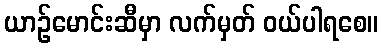
ယာဉ်မောင်းဆီမှာ လက်မှတ် ဝယ်ပါရစေ။